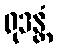
ရုဒန္တံ